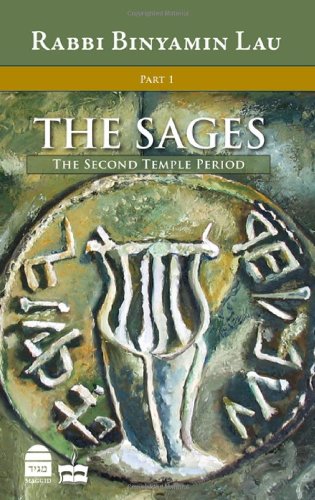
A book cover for The Sages, Vol.1: The Second Temple Period (Sages: Character, Context & Creativty); Binyamin Lau; Religion & Spirituality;